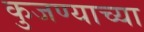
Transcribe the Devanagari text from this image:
कुजण्याच्या